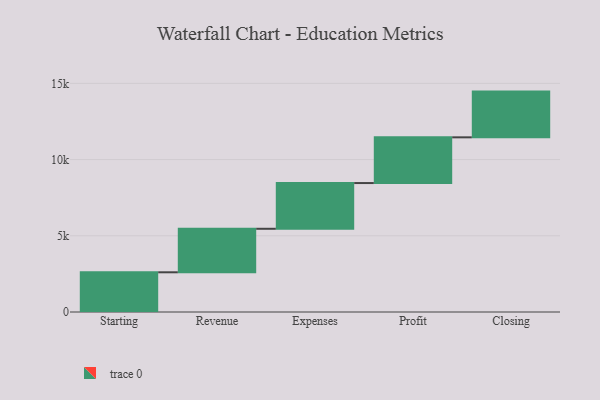
{"axis": {"x": "Step", "y": "Value"}, "legend": [""], "data": [{"x": "Starting", "y": 2605.0, "type": ""}, {"x": "Revenue", "y": 2855.0, "type": ""}, {"x": "Expenses", "y": 3000, "type": ""}, {"x": "Profit", "y": 3000, "type": ""}, {"x": "Closing", "y": 3000, "type": ""}]}